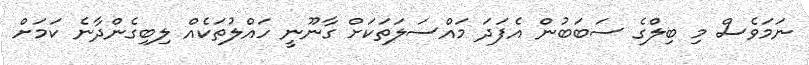
ނަމަވެސް މި ބިލްގެ ސަބަބުން އެފަދަ މައްސަލަތަކަށް ގާނޫނީ ހައްލުތަކެއް ލިބިގެންދާނެ ކަމަށް